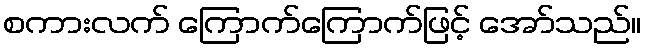
စကားလက် ကြောက်ကြောက်ဖြင့် အော်သည်။